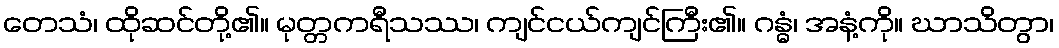
တေသံ၊ ထိုဆင်တို့၏။ မုတ္တကရီသဿ၊ ကျင်ငယ်ကျင်ကြီး၏။ ဂန္ဓံ၊ အနံ့ကို။ ဃာသိတွာ၊